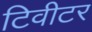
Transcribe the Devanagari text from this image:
टिवीटर